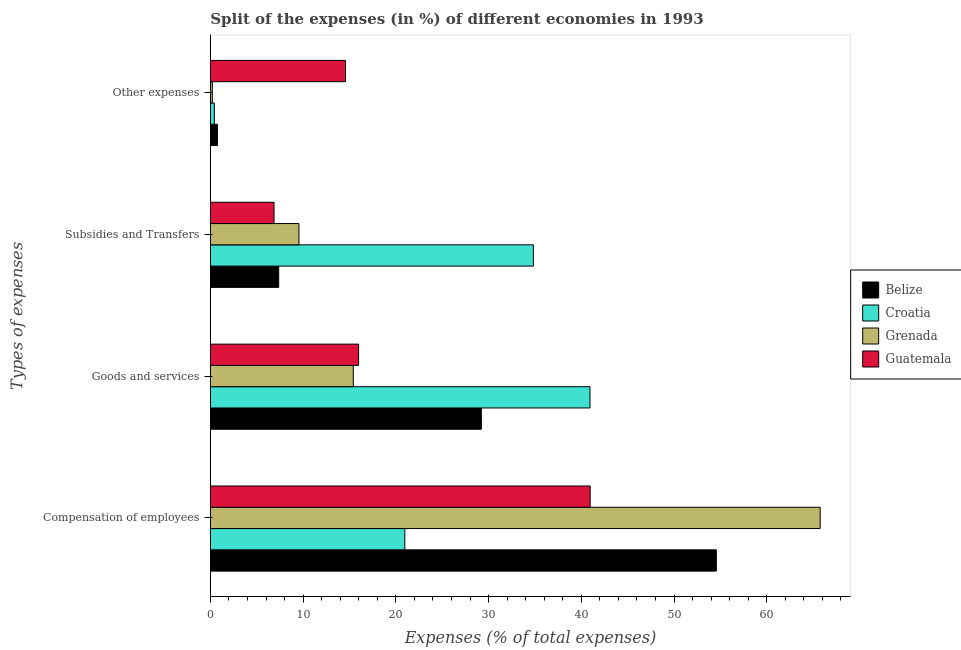
| Types of expenses | Belize | Croatia | Grenada | Guatemala |
 | --- | --- | --- | --- | --- |
 | Compensation of employees | 54.6 | 21 | 65.8 | 41 |
 | Goods and services | 29.2 | 40.9 | 15.4 | 16 |
 | Subsidies and Transfers | 7.37 | 34.8 | 9.55 | 6.87 |
 | Other expenses | 0.756 | 0.427 | 0.212 | 14.6 |